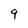
Character: 9